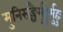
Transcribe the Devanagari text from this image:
मुनिसङ्घैर्मुहुर्मुहुः